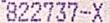
822737-X